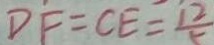
D F = C E = \frac { 1 2 } { 5 }